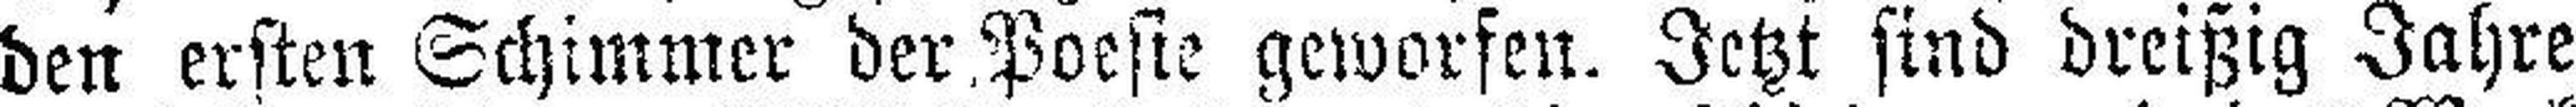
den ersten Schimmer der Poesie geworfen. Jetzt sind dreißig Jahre